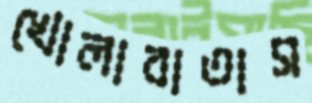
খোলাবাতাস